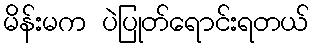
မိန်းမက ပဲပြုတ်ရောင်းရတယ်